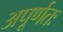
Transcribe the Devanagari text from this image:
अपूर्णतः